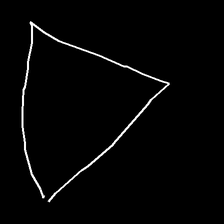
Glyph: convergence